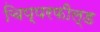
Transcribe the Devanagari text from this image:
चिप्परफील्ड